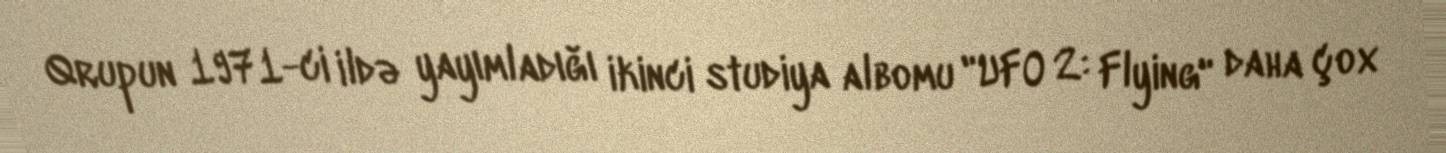
Qrupun 1971-ci ildə yayımladığı ikinci studiya albomu "UFO 2: Flying" daha çox